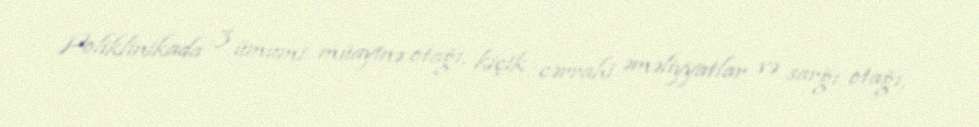
Poliklinikada 3 ümumi müayinə otağı, kiçik cərrahi əməliyyatlar və sarğı otağı,